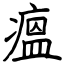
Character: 瘟